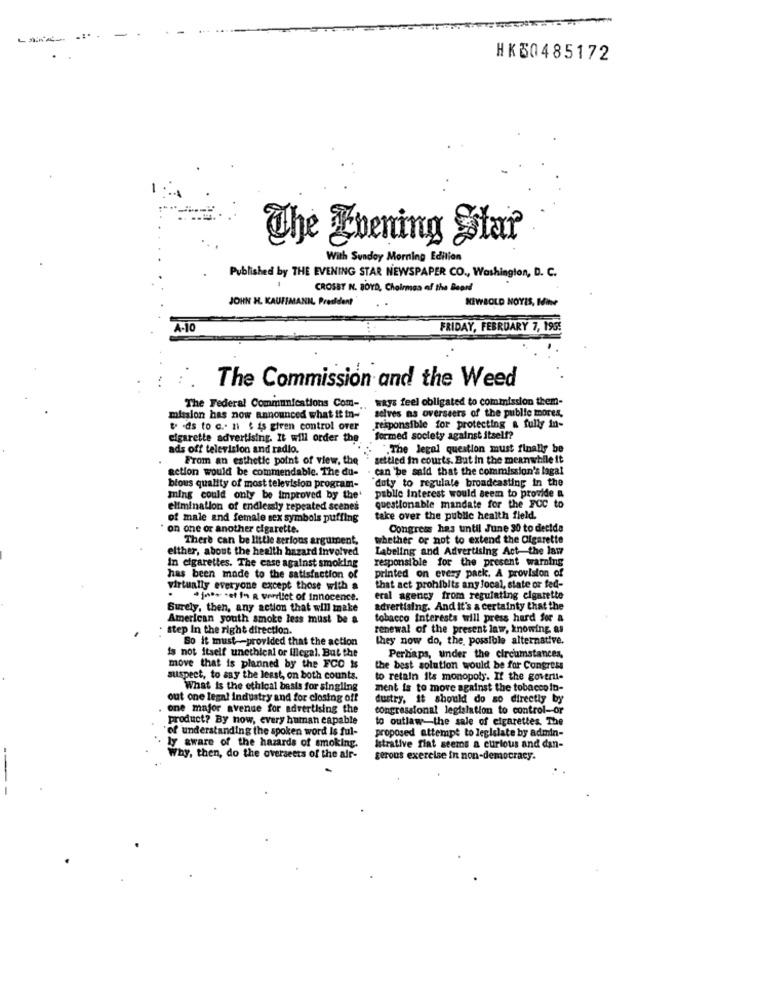
HK50485172
The Evening Star
With Sunday Morning Edition
Published by THE EVENING STAR NEWSPAPER CO ., Washington, D. C.
CROSBY N. BOYD, Chairman of the Beard
JOHN H. KAUFFMANN, President
KIWBOLD NOYES, Ithe
FRIDAY, FEBRUARY 7, 195!
The Commission and the Weed
ways feel obligated to commission them-
The Federal Communications Com -.
selves ns overseers of the public mores,
mission has now announced what it in-
t -ds to c .- ni $ is giren control over
responsible for protecting & fully in-
cigarette advertising. It will order the
formed society against itself?
ads off television and radio.
. "The legal question must finally be
From an esthetic point of view, the
settled in courts. But in the meanwhile it
setion would be commendable. The du-
- can 'be said that the commission's lagal
duty to regulate broadcasting in the
bious quality of most television program-
public Interest would seem to provide a
ming could only be improved by the'
elimination of endlessly repeated scenes
questionable mandate for the FOC to
of male and female sex symbols puffing
take over the public health field.
on one or another cigarette.
Congress has until June 30 to decide
There can be little serious argument,
whether or not to extend the Cigarette
elther, about the health hazard involved
Labeling and Advertising Act-the law
responsible for the present warning
In cigarettes. The case against smoking
has been made to the satisfaction of
printed on every pack. A provision of
virtually everyone except those with a
that act prohibits any local, state or fed-
· jones .et in a verliet of innocence.
eral agency from regulating cigarette
Surely, then, any action that will make
advertising. And it's a certainty that the
American youth smoke less must be a
tobacco interests will press hard for &
· step In the right direction.
renewal of the present law, knowing as
So it must -provided that the action
they now do, the, possible alternative.
is not itself unethical or Illegal. But the
Perhaps, under the circumstances,
move that is planned by the FCC Ns
the best solution would be for Congress
suspect, to say the least, on both counts.
to retain its monopoly. If the govert-
What Is the ethical basis for singling
ment is to move against the tobacco lo-
out one legal industry and for closing off
dustry, it should do so directly by
one major avenue for advertising the
congressional legislation to control-or
product? By now, every human capable
to outlaw the sale of cigarettes. The
"of understanding the spoken word Is ful-
proposed attempt to legislate by admin-
ly aware of the hazards of smoking.
Istrative fiat seems a curious and dan-
Why, then, do the overseers of the air-
gerous exercise in non-democracy.